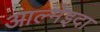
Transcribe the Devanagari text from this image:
आल्मेइदा